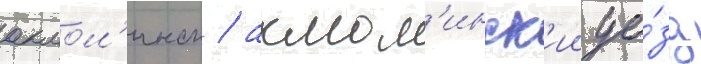
акмол'инск / акмол'инск'ии уе́зд